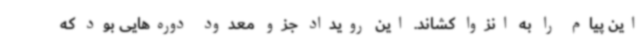
این پیام را به انزوا کشاند. این رویداد جزو معدود دوره‌هایی بود که